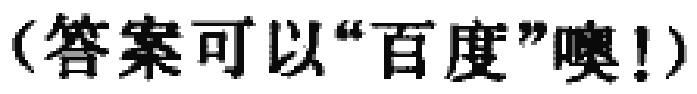
（答案可以“百度”噢！）